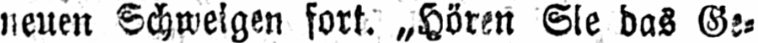
fort. „Hören Sie das Ge⸗